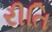
રીતિ